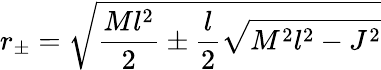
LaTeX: r_{\pm}=\sqrt{\frac{Ml^{2}}{2}\pm\frac{l}{2}\sqrt{M^{2}l^{2}-J^{2}}}